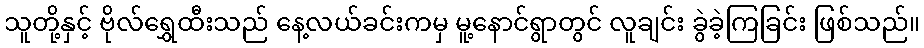
သူတို့နှင့် ဗိုလ်ရွှေထီးသည် နေ့လယ်ခင်းကမှ မူ့နောင်ရွာတွင် လူချင်း ခွဲခဲ့ကြခြင်း ဖြစ်သည်။